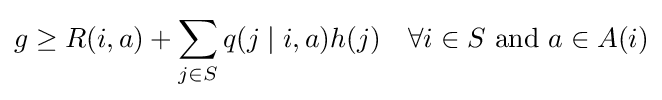
g\geq R(i,a)+\sum _{j\in S}q(j\mid i,a)h(j)\quad \forall i\in S{\text{ and }}a\in A(i)